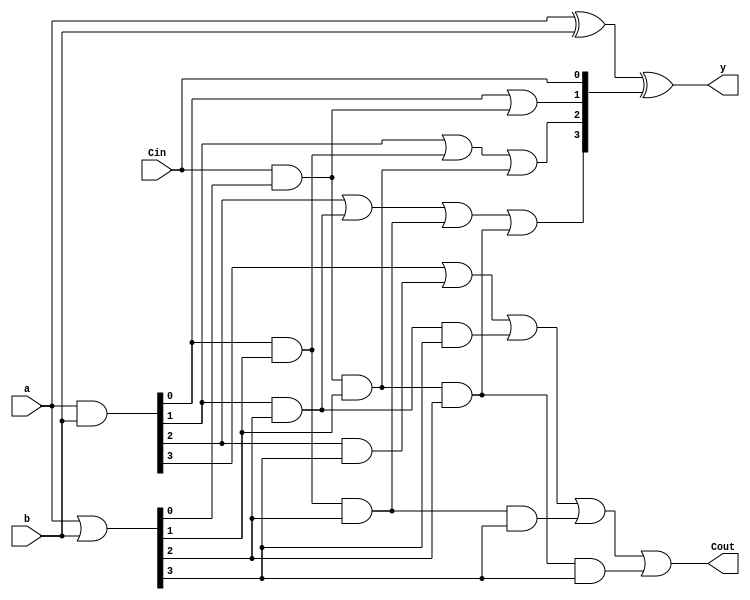
module CLA4 (
    input [3:0] a,
    input [3:0] b,
    input Cin,
    output [3:0] y,
    output Cout
);

wire [3:0] g, p, c;

assign g = a & b;
assign p = a | b;

assign c[0] = Cin;
assign c[1] = g[0] | (Cin & p[0]);
assign c[2] = g[1] | (g[0] & p[1]) | (Cin & p[0] & p[1]);
assign c[3] = g[2] | (g[1] & p[2]) | (g[0] & p[1] & p[2]) | (Cin & p[0] & p[1] & p[2]);
assign Cout = g[3] | (g[2] & p[3]) | (g[1] & p[2] & p[3]) | (g[0] & p[1] & p[2] & p[3]) | (Cin & p[0] & p[1] & p[2] & p[3]);

assign y = a ^ b ^ c;

endmodule